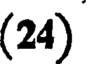
(24)